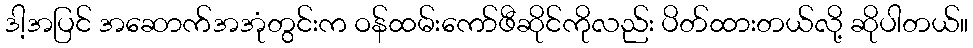
ဒါ့အပြင် အဆောက်အအုံတွင်းက ဝန်ထမ်းကော်ဖီဆိုင်ကိုလည်း ပိတ်ထားတယ်လို့ ဆိုပါတယ်။